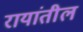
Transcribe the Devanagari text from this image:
रायांतील